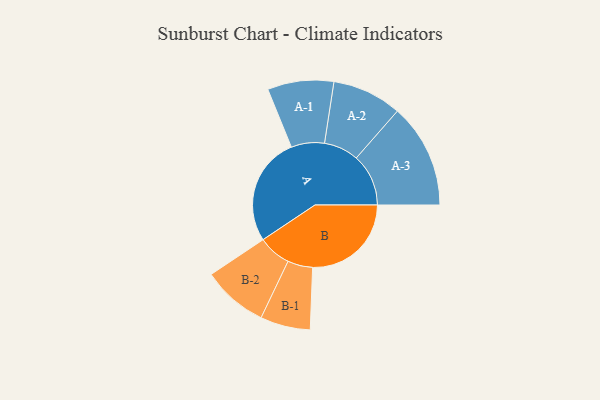
{"axis": {"x": "Segment", "y": "Value"}, "legend": ["", "A", "B"], "data": [{"x": "A", "y": 456, "type": ""}, {"x": "B", "y": 414, "type": ""}, {"x": "A-1", "y": 139, "type": "A"}, {"x": "A-2", "y": 146, "type": "A"}, {"x": "A-3", "y": 219, "type": "A"}, {"x": "B-1", "y": 105, "type": "B"}, {"x": "B-2", "y": 138, "type": "B"}]}